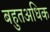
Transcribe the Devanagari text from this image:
बहुतअधिक